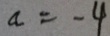
a = - 4